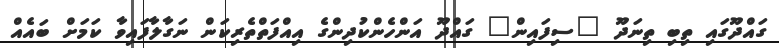
ގައްދޫގައި ތިބި ތިނަދޫ "ސިފައިން" ގައްދޫ އަންހެންކުދިންގެ އިއްފަތްތެރިކަން ނަގާލާފައިވާ ކަމަށް ބައެއް